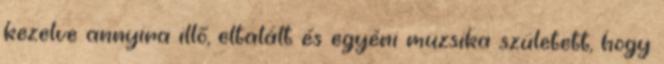
kezelve annyira illő, eltalált és egyéni muzsika született, hogy